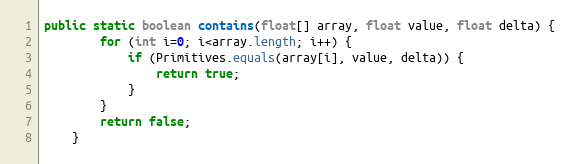
Language: Java
public static boolean contains(float[] array, float value, float delta) {
        for (int i=0; i<array.length; i++) {
            if (Primitives.equals(array[i], value, delta)) {
                return true;
            }
        }
        return false;
    }